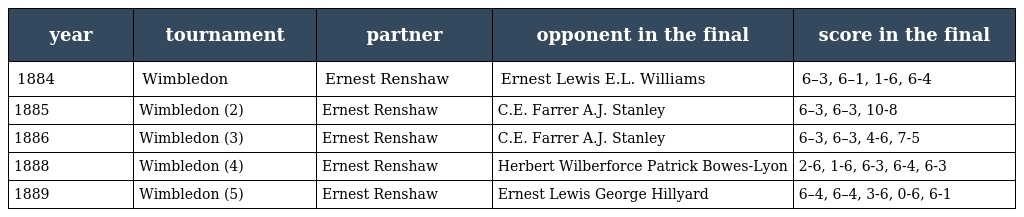
| year | tournament | partner | opponent in the final | score in the final |
 | --- | --- | --- | --- | --- |
 | 1884 | Wimbledon | Ernest Renshaw | Ernest Lewis E.L. Williams | 6–3, 6–1, 1-6, 6-4 |
 | 1885 | Wimbledon (2) | Ernest Renshaw | C.E. Farrer A.J. Stanley | 6–3, 6–3, 10-8 |
 | 1886 | Wimbledon (3) | Ernest Renshaw | C.E. Farrer A.J. Stanley | 6–3, 6–3, 4-6, 7-5 |
 | 1888 | Wimbledon (4) | Ernest Renshaw | Herbert Wilberforce Patrick Bowes-Lyon | 2-6, 1-6, 6-3, 6-4, 6-3 |
 | 1889 | Wimbledon (5) | Ernest Renshaw | Ernest Lewis George Hillyard | 6–4, 6–4, 3-6, 0-6, 6-1 |